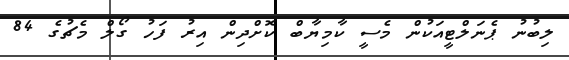
ލިބުނު ޕެނަލްޓީއަކުން މެސީ ކާމިޔާބް ކޮށްދިން އިރު ފަހު ގޯލް މެޗުގެ 84